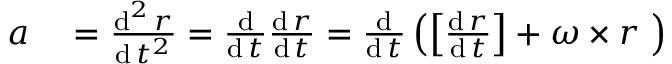
\begin{array} { r l } { { \boldsymbol { a } } } & { { } = { \frac { \operatorname { d } ^ { 2 } { \boldsymbol { r } } } { \operatorname { d } t ^ { 2 } } } = { \frac { \operatorname { d } } { \operatorname { d } t } } { \frac { \operatorname { d } { \boldsymbol { r } } } { \operatorname { d } t } } = { \frac { \operatorname { d } } { \operatorname { d } t } } \left( \left[ { \frac { \operatorname { d } { \boldsymbol { r } } } { \operatorname { d } t } } \right] + { \boldsymbol { \omega } } \times { \boldsymbol { r } } \ \right) } \end{array}